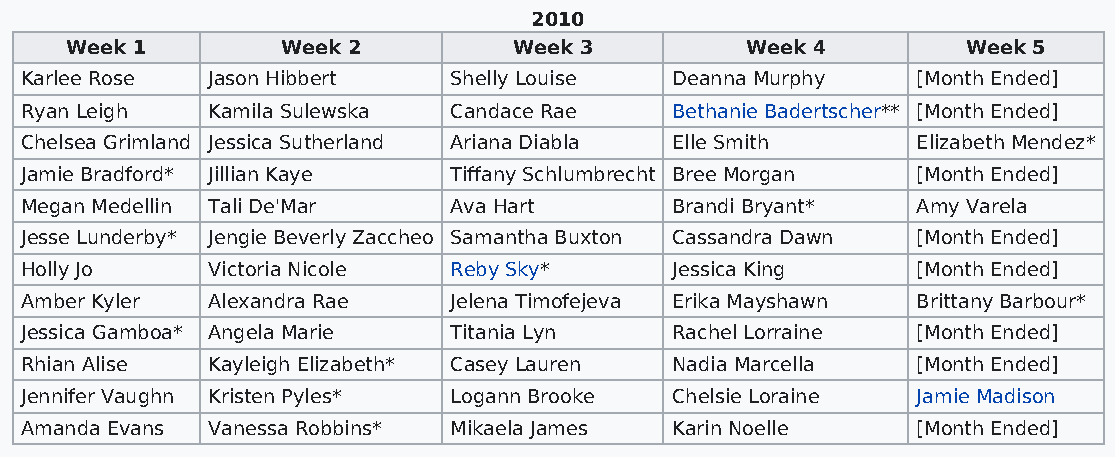
2010
 Week 1         Week 2         Week 3         Week 4         Week 5
 Karlee Rose  Jason Hibbert   Shelly Louise Deanna Murphy    [Month Ended]
 Ryan Leigh   Kamila Sulewska Candace Rae   Bethanie Badertscher** [Month Ended]
 Chelsea Grimland Jessica Sutherland Ariana Diabla Elle Smith Elizabeth Mendez*
 Jamie Bradford* Jillian Kaye Tiffany Schlumbrecht Bree Morgan [Month Ended]
 Megan Medellin Tali De'Mar   Ava Hart      Brandi Bryant*   Amy Varela
 Jesse Lunderby* Jengie Beverly Zaccheo Samantha Buxton Cassandra Dawn [Month Ended]
 Holly Jo     Victoria Nicole Reby Sky*     Jessica King     [Month Ended]
 Amber Kyler  Alexandra Rae   Jelena Timofejeva Erika Mayshawn Brittany Barbour*
 Jessica Gamboa* Angela Marie Titania Lyn   Rachel Lorraine  [Month Ended]
 Rhian Alise  Kayleigh Elizabeth* Casey Lauren Nadia Marcella [Month Ended]
 Jennifer Vaughn Kristen Pyles* Logann Brooke Chelsie Loraine Jamie Madison
 Amanda Evans Vanessa Robbins* Mikaela James Karin Noelle    [Month Ended]